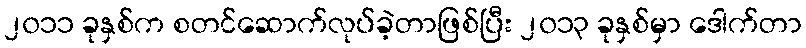
၂၀၁၁ ခုနှစ်က စတင်ဆောက်လုပ်ခဲ့တာဖြစ်ပြီး ၂၀၁၃ ခုနှစ်မှာ ဒေါက်တာ